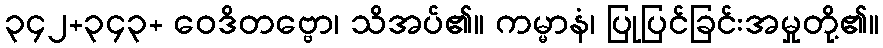
၃၄၂+၃၄၃+ ဝေဒိတဗ္ဗော၊ သိအပ်၏။ ကမ္မာနံ၊ ပြုပြင်ခြင်းအမှုတို့၏။